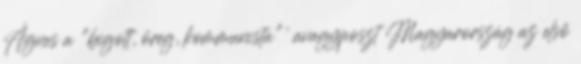
Ágnes a "bigott, öreg, kommunista"' avagyposzt Magyarország az első